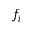
f _ { i }